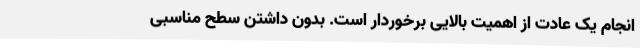
انجام یک عادت از اهمیت بالایی برخوردار است. بدون داشتن سطح مناسبی